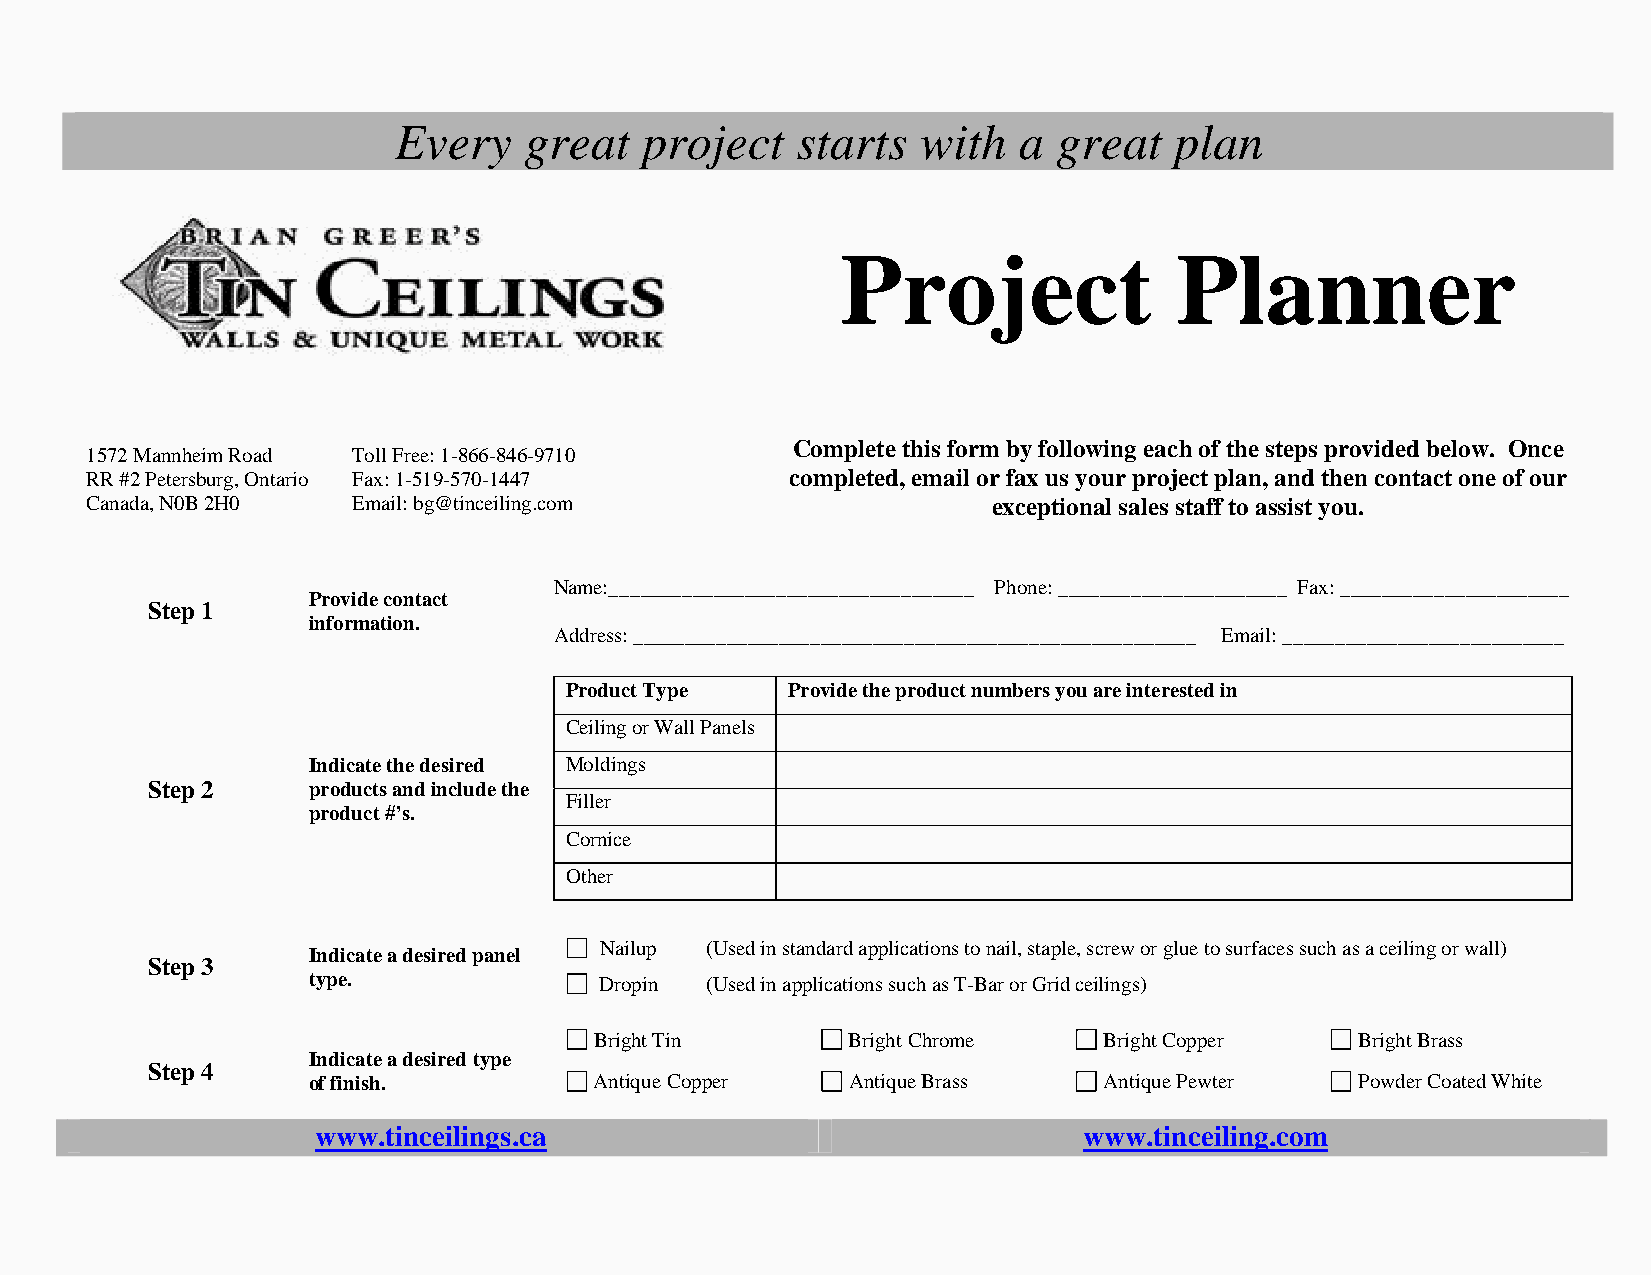
Every    great  project    starts  with  a  great   plan
 Project               Planner
 Complete this form by following each of the steps provided below. Once
 1572 Mannheim Road Toll Free: 1-866-846-9710
 RR #2 Petersburg, Ontario Fax: 1-519-570-1447 completed, email or fax us your project plan, and then contact one of our
 Canada, N0B 2H0  Email: bg@tinceiling.com                   exceptional sales staff to assist you.
 Name:___________________________________ Phone: ______________________ Fax: ______________________
 Provide contact
 Step 1
 information.
 Address: ______________________________________________________ Email: ___________________________
 Product Type   Provide the product numbers you are interested in
 Ceiling or Wall Panels
 Indicate the desired Moldings
 Step 2    products and include the
 Filler
 product #’s.
 Cornice
 Other
 Nailup (Used in standard applications to nail, staple, screw or glue to surfaces such as a ceiling or wall)
 Indicate a desired panel
 Step 3
 type.               Dropin (Used in applications such as T-Bar or Grid ceilings)
 Bright Tin       Bright Chrome    Bright Copper    Bright Brass
 Indicate a desired type
 Step 4
 of finish.         Antique Copper   Antique Brass    Antique Pewter   Powder Coated White
 www.tinceilings.ca                                 www.tinceiling.com